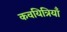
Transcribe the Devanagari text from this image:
कवयित्रियाँ